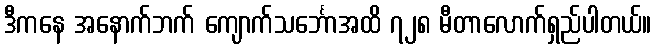
ဒီကနေ အနောက်ဘက် ကျောက်သင်္ဘောအထိ ၇၂၈ မီတာလောက်ရှည်ပါတယ်။